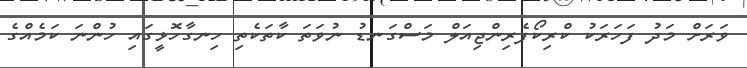
ވަރަށް މަދު ފަހަރަކު ކްރިކޯފެރިންޖިއަލް މަސްގަނޑު ނުވަތަ ކާތަކެތި ހިނގާހޮޅީގައި ހުންނަ ކަމެއްގެ